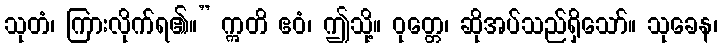
သုတံ၊ ကြားလိုက်ရ၏။” ဣတိ ဧဝံ၊ ဤသို့။ ဝုတ္တေ၊ ဆိုအပ်သည်ရှိသော်။ သုခေန၊